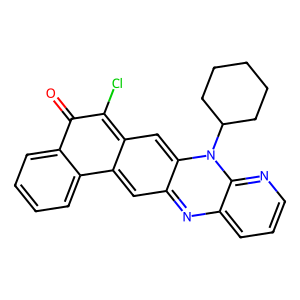
SMILES: O=c1c(Cl)c2cc3c(cc2c2ccccc12)nc1cccnc1n3C1CCCCC1
Inhibits HIV replication: No